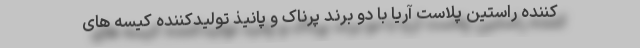
کننده راستین پلاست آریا با دو برند پرناک و پانیذ تولیدکننده کیسه های